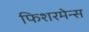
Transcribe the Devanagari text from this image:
फिशरमेन्स